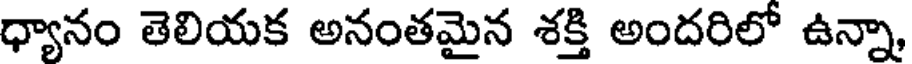
ధ్యానం తెలియక అనంతమైన శక్తి అందరిలో ఉన్నా